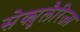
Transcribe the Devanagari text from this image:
सेक्युलैरिज्म़